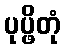
ပုပ္ဖိတုံ